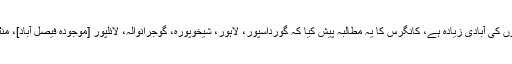
انہوں نے یہ اعتراف کرنے کے بعد کہ آخری مردم شماری میں ان اضلاع میں مسلمانوں کی آبادی زیادہ ہے، کانگرس کا یہ مطالبہ پیش کیا کہ گورداسپور، لاہور، شیخوپورہ، گوجرانوالہ، لائلپور [موجودہ فیصل آباد]، منٹگمری [موجودہ ساہیوال]، اور سیالکوٹ کے اضلاع بھی بھارت میں شامل کئے جائیں۔